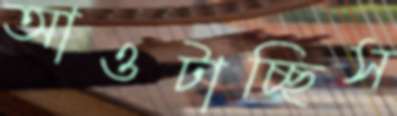
আওটাচ্ছিস